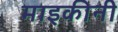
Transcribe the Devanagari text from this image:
माइकीनी